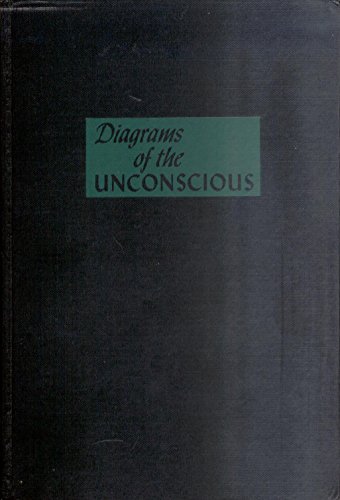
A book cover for Diagrams of the Unconscious: Handwriting and Personality in Measurement, Experiment and Analysis; Werner Wolff; Self-Help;